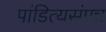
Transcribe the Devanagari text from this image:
पांडित्यसंपन्न